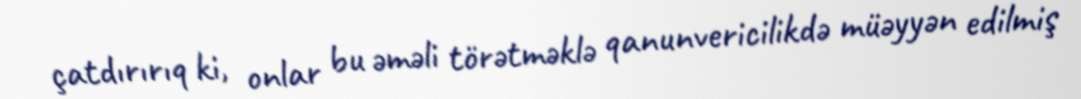
çatdırırıq ki, onlar bu əməli törətməklə qanunvericilikdə müəyyən edilmiş